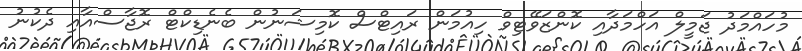
މުހައްމަދު ޖަމީލް އަހްމަދާއި ކޮންޒަވޭޓިވް ހިއުމަން ރައިޓްސް ކޮމިޝަނުން ބެނެޑިކްޓް ރޮޖާސްއާއި ދެކުނު